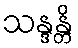
သန္ဒန္တိ